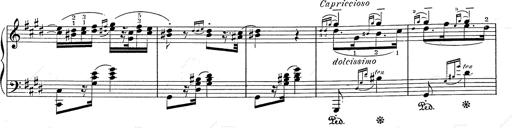
Title: Hungarian Rhapsody No.2
Composer: Franz Liszt
Key: C-sharp minor